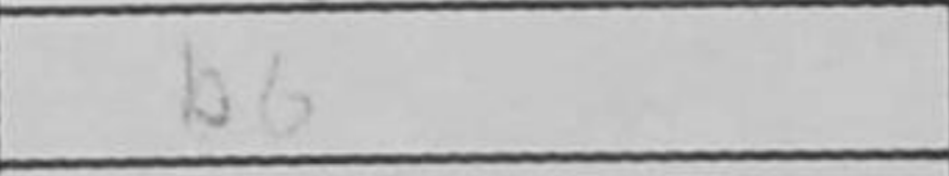
Transcription: b6